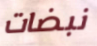
نبضات